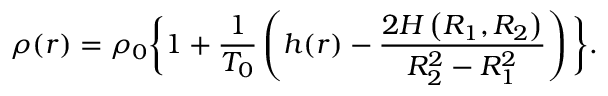
\rho ( r ) = \rho _ { 0 } \bigg \{ 1 + \frac { 1 } { T _ { 0 } } \left( h ( r ) - \frac { 2 H \left( R _ { 1 } , R _ { 2 } \right) } { R _ { 2 } ^ { 2 } - R _ { 1 } ^ { 2 } } \right) \bigg \} .